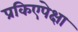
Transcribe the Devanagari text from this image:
प्रकिएपेक्षा